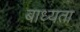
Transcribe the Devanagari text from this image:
बाध्‍यता